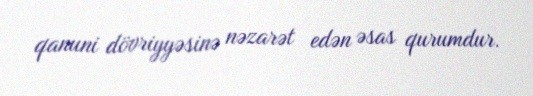
qanuni dövriyyəsinə nəzarət edən əsas qurumdur.